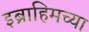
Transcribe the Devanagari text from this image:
इब्राहिमच्या